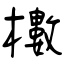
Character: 櫢